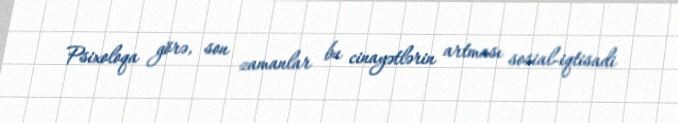
Psixoloqa görə, son zamanlar bu cinayətlərin artması sosial-iqtisadi